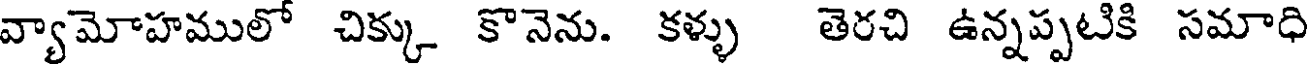
వ్యామోహములో చిక్కు కొనెను. కళ్ళు తెరచి ఉన్నప్పటికి సమాధి